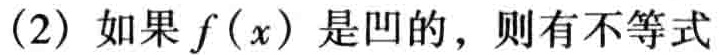
（2）如果 \(f(x)\) 是凹的，则有不等式